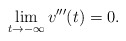
\begin{align*}\lim_{t\to -\infty} v'''(t)=0.\end{align*}